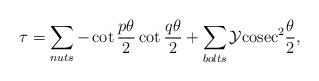
LaTeX: \begin{align*}\tau = \sum_{nuts} -\cot \frac{p\theta}{2} \cot \frac{q\theta}{2} + \sum_{bolts} \cal{Y} \rm{cosec}^2 \frac{\theta}{2}, \end{align*}